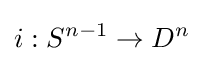
i:S^{n-1}\to D^{n}